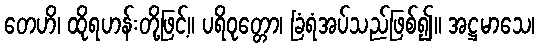
တေဟိ၊ ထိုရဟန်းတို့ဖြင့်။ ပရိဝုတ္တော၊ ခြံရံအပ်သည်ဖြစ်၍။ အဋ္ဌမာသေ၊